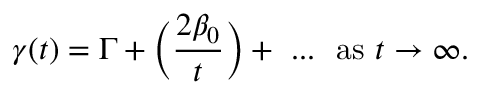
\gamma ( t ) = \Gamma + \Big ( { \frac { 2 \beta _ { 0 } } { t } } \Big ) + \ . . . \ \ \mathrm { a s \ } t \to \infty .